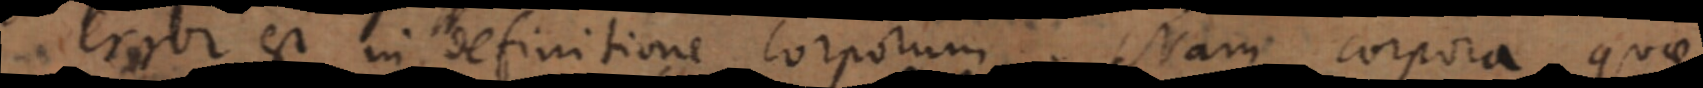
error est in definitione corporum. Nam corpora quae